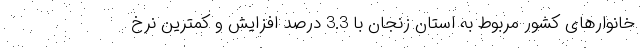
خانوار‌های کشور مربوط به استان زنجان با 3.3 درصد افزایش و کمترین نرخ